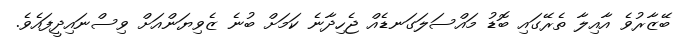
ބޭޒާރުވެ އާއިލާ ތެރޭގައި ބޮޑު މައްސަލަގަނޑެއް ޖެހިދާނެ ކަމަށް ބުނެ ޒެވިޔަންއަށް ވިސްނައިދީފައެވެ.